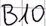
Text: B10